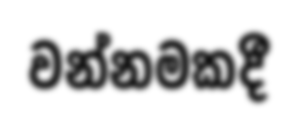
වන්නමකදී